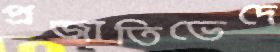
প্রজাতিভেদে